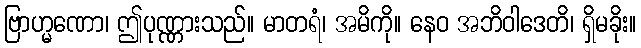
ဗြာဟ္မဏော၊ ဤပုဏ္ဏားသည်။ မာတရံ၊ အမိကို။ နေဝ အဘိဝါဒေတိ၊ ရှိမခိုး။